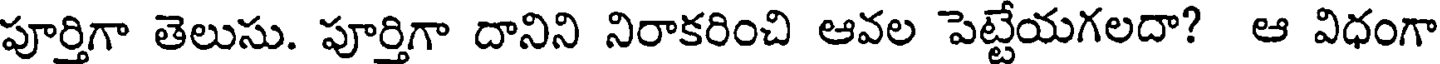
పూర్తిగా తెలుసు. పూర్తిగా దానిని నిరాకరించి ఆవల పెట్టేయగలదా? ఆ విధంగా